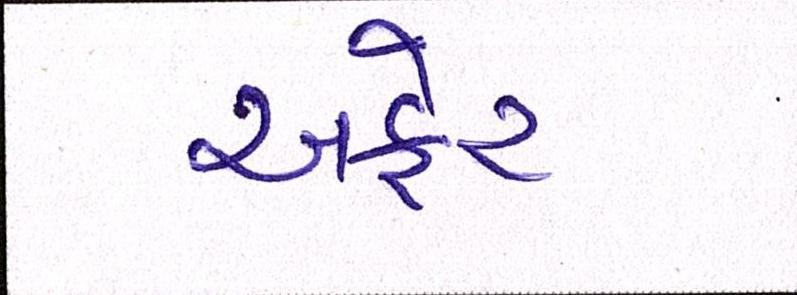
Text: અફેર